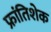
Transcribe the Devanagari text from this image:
फ्रांतिशेक